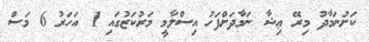
ކަށުނަމާދު މިރޭ ޢިޝާ ނަމާދަށްފަހު އިސްލާމީ މަރުކަޒުގައި 1 އަހަރު 6 މަސް